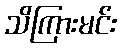
သိကြားမင်း